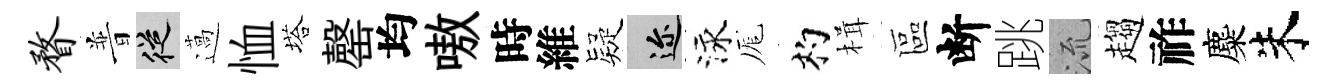
瞀普從薖恤塔罄均嗷時維疑邇泳厖杓楫區断跳𣴑趨祚麋朱